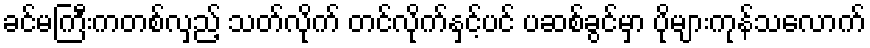
ခင်မကြီးကတစ်လှည့် သတ်လိုက် တင်လိုက်နှင့်ပင် ပဆစ်ခွင်မှာ ပိုများကုန်သလောက်